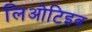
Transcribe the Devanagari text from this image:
लिओटिइव